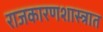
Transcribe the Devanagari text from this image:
राजकारणशास्त्रात